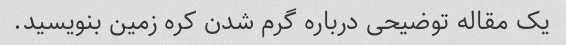
یک مقاله توضیحی درباره گرم شدن کره زمین بنویسید.